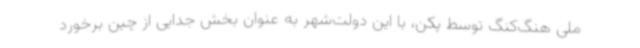
ملی هنگ‌کنگ توسط پکن، با این دولت‌شهر به عنوان بخش جدایی از چین برخورد